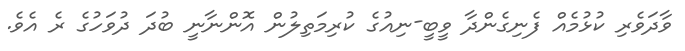
ވާދަވެރި ކުޅުމެއް ފެނިގެންދާ ވީބީ-ނިއުގެ ކުރިމަތިލުން އޮންނާނީ ބުދަ ދުވަހުގެ ރެ އެވެ.